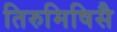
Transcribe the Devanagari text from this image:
तिरुमिषिसै